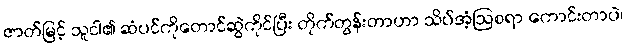
ဇာတ်မြင့် သူငါ၏ ဆံပင်ကိုတောင်ဆွဲကိုင်ပြီး တိုက်တွန်းတာဟာ သိပ်အံ့ဩစရာ ကောင်းတာပဲ၊